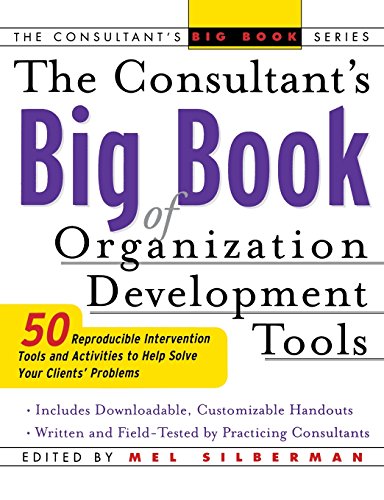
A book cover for The Consultant's Big Book of Organization Development Tools : 50 Reproducible Intervention Tools to Help Solve Your Clients' Problems; Mel Silberman; Business & Money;